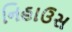
નિહાઉસ